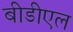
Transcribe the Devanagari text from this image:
बीडीएल